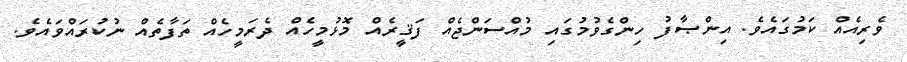
ވެރިއެއް ކަމުގައެވެ. އިންޞާފު ހިންގެވުމުގައި މުއްސަންޖެއް ފަޤީރެއް މޮޅުމީހެއް ދެރަމީހެއް ތަފާތެއް ނުކުރައްވައެވެ.